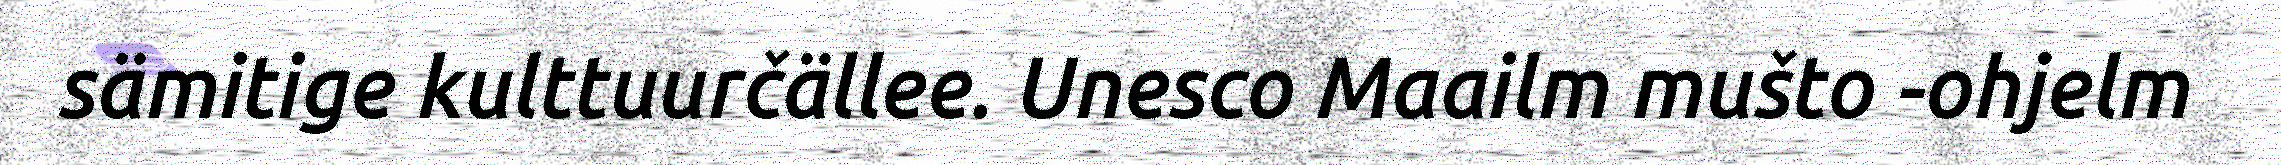
sämitige kulttuurčällee. Unesco Maailm mušto -ohjelm